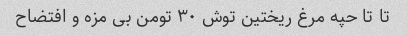
تا تا حپه مرغ ریختین توش ۳۰ تومن بی مزه و افتضاح